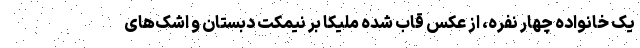
یک خانواده چهار نفره، از عکسِ قاب شده ملیکا بر نیمکت دبستان و اشک‌های